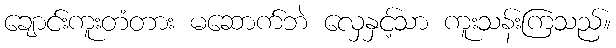
ချောင်းကူးတံတား မဆောက်ဘဲ လှေနှင့်သာ ကူးသန်းကြသည်။